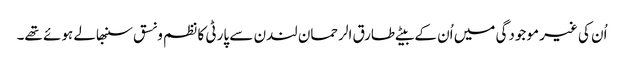
اُن کی غیر موجودگی میں اُن کے بیٹے طارق الرحمان لندن سے پارٹی کا نظم ونسق سنبھالے ہوئے تھے۔